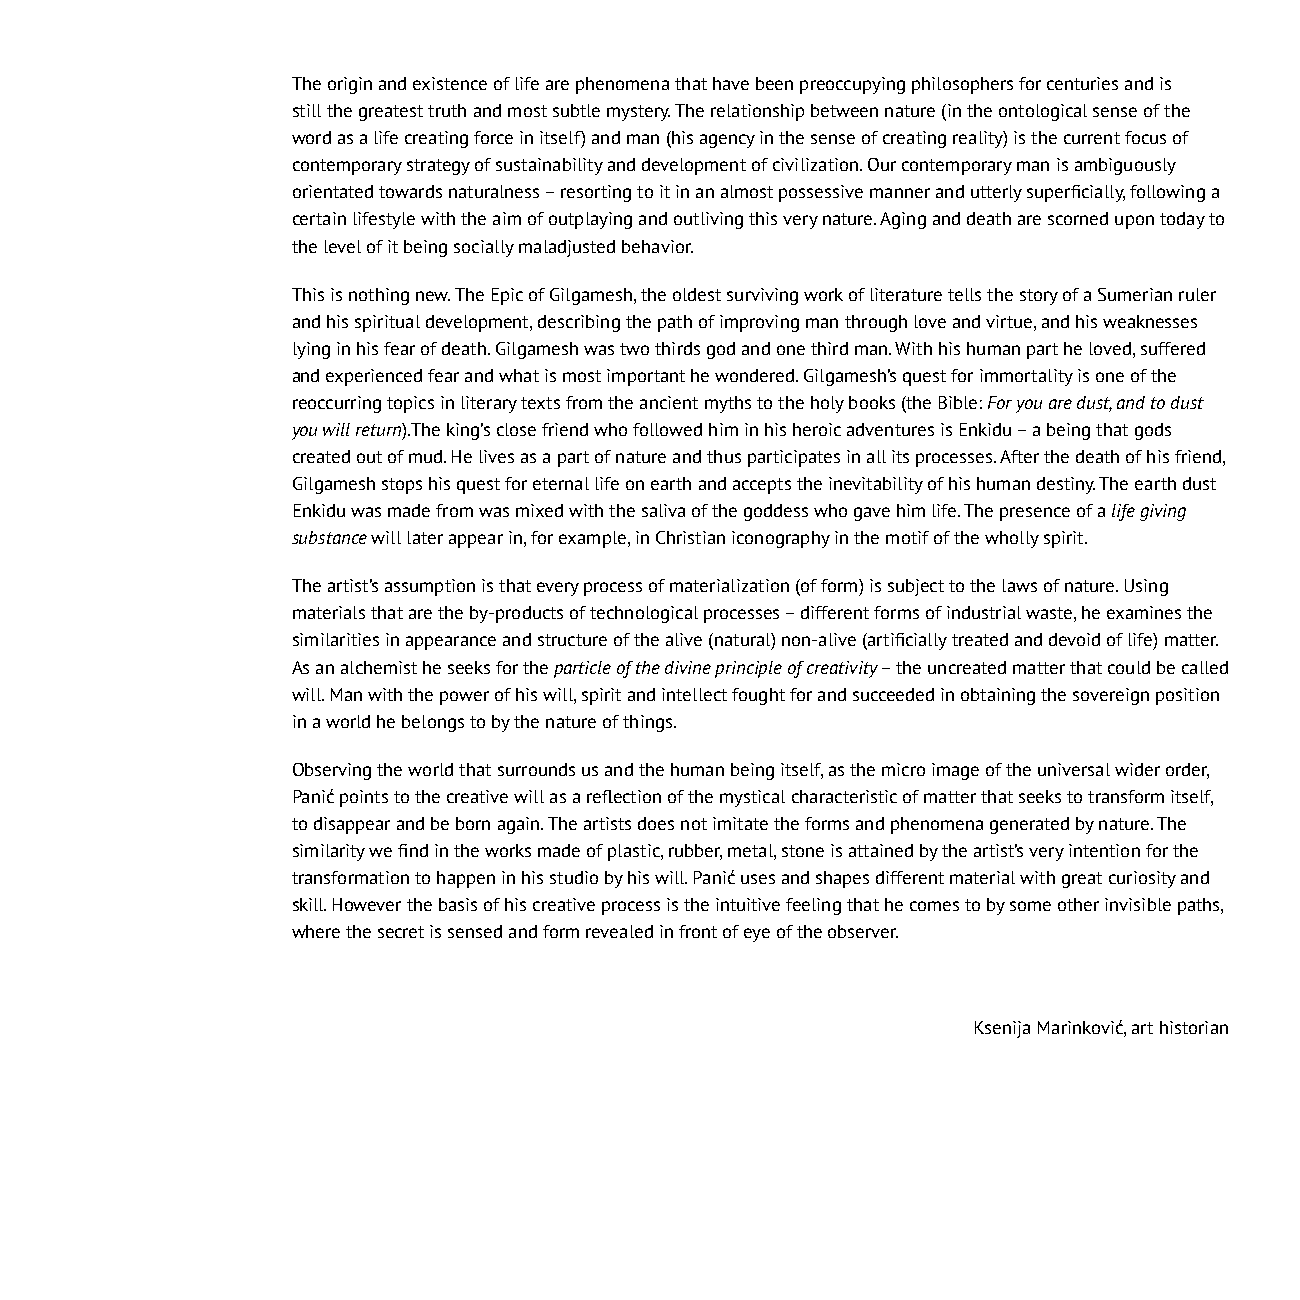
The origin and existence of life are phenomena that have been preoccupying philosophers for centuries and is
 still the greatest truth and most subtle mystery. The relationship between nature (in the ontological sense of the
 word as a life creating force in itself) and man (his agency in the sense of creating reality) is the current focus of
 contemporary strategy of sustainability and development of civilization. Our contemporary man is ambiguously
 orientated towards naturalness – resorting to it in an almost possessive manner and utterly superficially, following a
 certain lifestyle with the aim of outplaying and outliving this very nature. Aging and death are scorned upon today to
 the level of it being socially maladjusted behavior.
 This is nothing new. The Epic of Gilgamesh, the oldest surviving work of literature tells the story of a Sumerian ruler
 and his spiritual development, describing the path of improving man through love and virtue, and his weaknesses
 lying in his fear of death. Gilgamesh was two thirds god and one third man. With his human part he loved, suffered
 and experienced fear and what is most important he wondered. Gilgamesh’s quest for immortality is one of the
 reoccurring topics in literary texts from the ancient myths to the holy books (the Bible: For you are dust, and to dust
 you will return).The king’s close friend who followed him in his heroic adventures is Enkidu – a being that gods
 created out of mud. He lives as a part of nature and thus participates in all its processes. After the death of his friend,
 Gilgamesh stops his quest for eternal life on earth and accepts the inevitability of his human destiny. The earth dust
 Enkidu was made from was mixed with the saliva of the goddess who gave him life. The presence of a life giving
 substance will later appear in, for example, in Christian iconography in the motif of the wholly spirit.
 The artist’s assumption is that every process of materialization (of form) is subject to the laws of nature. Using
 materials that are the by-products of technological processes – different forms of industrial waste, he examines the
 similarities in appearance and structure of the alive (natural) non-alive (artificially treated and devoid of life) matter.
 As an alchemist he seeks for the particle of the divine principle of creativity – the uncreated matter that could be called
 will. Man with the power of his will, spirit and intellect fought for and succeeded in obtaining the sovereign position
 in a world he belongs to by the nature of things.
 Observing the world that surrounds us and the human being itself, as the micro image of the universal wider order,
 Panić points to the creative will as a reflection of the mystical characteristic of matter that seeks to transform itself,
 to disappear and be born again. The artists does not imitate the forms and phenomena generated by nature. The
 similarity we find in the works made of plastic, rubber, metal, stone is attained by the artist’s very intention for the
 transformation to happen in his studio by his will. Panić uses and shapes different material with great curiosity and
 skill. However the basis of his creative process is the intuitive feeling that he comes to by some other invisible paths,
 where the secret is sensed and form revealed in front of eye of the observer.
 Ksenija Marinković, art historian